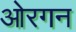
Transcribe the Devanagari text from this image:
ओरगन